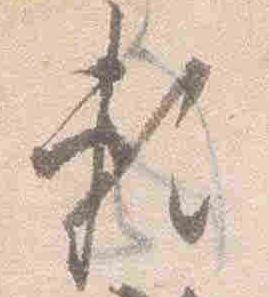
頼